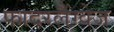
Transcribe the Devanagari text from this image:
फादरलैंग्वेज